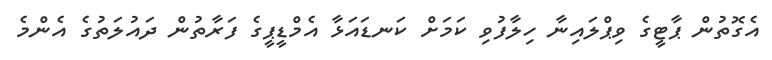
އެގޮތުން ޕާޓީގެ ވިޕްލައިނާ ހިލާފުވި ކަމަށް ކަނޑައަޅާ އެމްޑީޕީގެ ފަރާތުން ދައުލަތުގެ އެންމެ